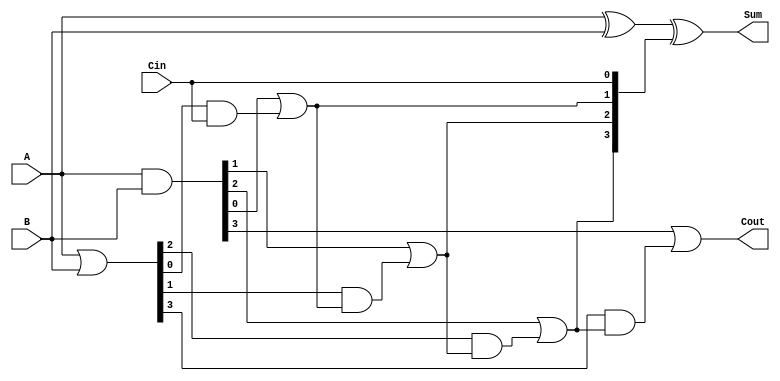
module LingAdder #(parameter n = 4) (
    input  wire [n-1:0] A,     // First n-bit input
    input  wire [n-1:0] B,     // Second n-bit input
    input  wire Cin,           // Carry-in
    output wire [n-1:0] Sum,   // n-bit Sum output
    output wire Cout           // Carry-out output
);
    wire [n-1:0] G; // Generate bits
    wire [n-1:0] P; // Propagate bits
    wire [n:0] C;    // Carry signals

    // Generate and Propagate Logic
    assign G = A & B;          // G[i] = A[i] AND B[i]
    assign P = A | B;          // P[i] = A[i] OR B[i]

    // Carry Logic
    assign C[0] = Cin;  // C[0] = Cin

    // Generate carry signals
    genvar i;
    generate
        for (i = 1; i <= n; i = i + 1) begin : carry_gen
            assign C[i] = G[i-1] | (P[i-1] & C[i-1]);
        end
    endgenerate

    // Sum Calculation
    assign Sum = A ^ B ^ C[n-1:0]; // Sum[i] = A[i] XOR B[i] XOR C[i]

    // Final Carry-out
    assign Cout = G[n-1] | (P[n-1] & C[n-1]);

endmodule